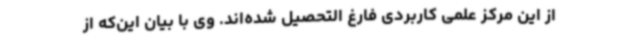
از این مرکز علمی کاربردی فارغ التحصیل شده‌اند. وی با بیان این‌که از